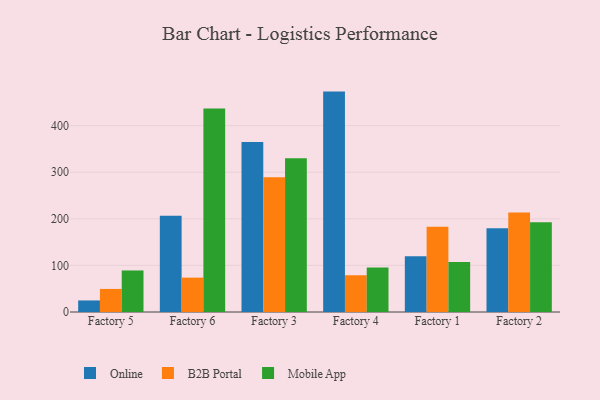
{"axis": {"x": "Factory", "y": "Production Output"}, "legend": ["B2B Portal", "Mobile App", "Online"], "data": [{"x": "Factory 5", "y": 24.8, "type": "Online"}, {"x": "Factory 5", "y": 49.5, "type": "B2B Portal"}, {"x": "Factory 5", "y": 89.2, "type": "Mobile App"}, {"x": "Factory 6", "y": 206.6, "type": "Online"}, {"x": "Factory 6", "y": 73.8, "type": "B2B Portal"}, {"x": "Factory 6", "y": 436.7, "type": "Mobile App"}, {"x": "Factory 3", "y": 365.1, "type": "Online"}, {"x": "Factory 3", "y": 289.5, "type": "B2B Portal"}, {"x": "Factory 3", "y": 330.3, "type": "Mobile App"}, {"x": "Factory 4", "y": 473.2, "type": "Online"}, {"x": "Factory 4", "y": 78.9, "type": "B2B Portal"}, {"x": "Factory 4", "y": 95.4, "type": "Mobile App"}, {"x": "Factory 1", "y": 119.6, "type": "Online"}, {"x": "Factory 1", "y": 182.8, "type": "B2B Portal"}, {"x": "Factory 1", "y": 107.5, "type": "Mobile App"}, {"x": "Factory 2", "y": 179.8, "type": "Online"}, {"x": "Factory 2", "y": 213.8, "type": "B2B Portal"}, {"x": "Factory 2", "y": 192.8, "type": "Mobile App"}]}